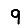
Digit: 9